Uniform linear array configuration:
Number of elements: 8
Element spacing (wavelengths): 0.5
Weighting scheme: binomial
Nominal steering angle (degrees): -60
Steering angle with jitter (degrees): -60.488
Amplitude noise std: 0.05
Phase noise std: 0.05

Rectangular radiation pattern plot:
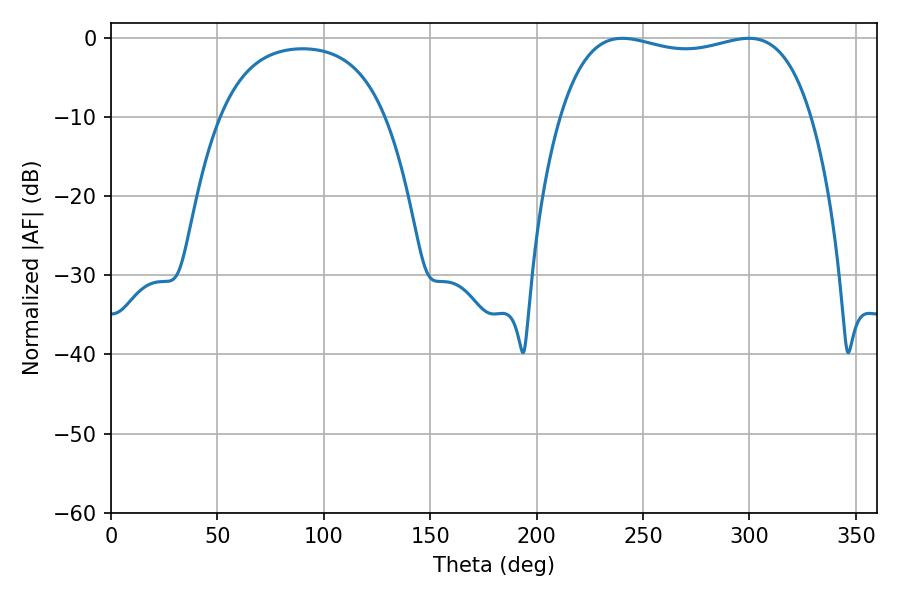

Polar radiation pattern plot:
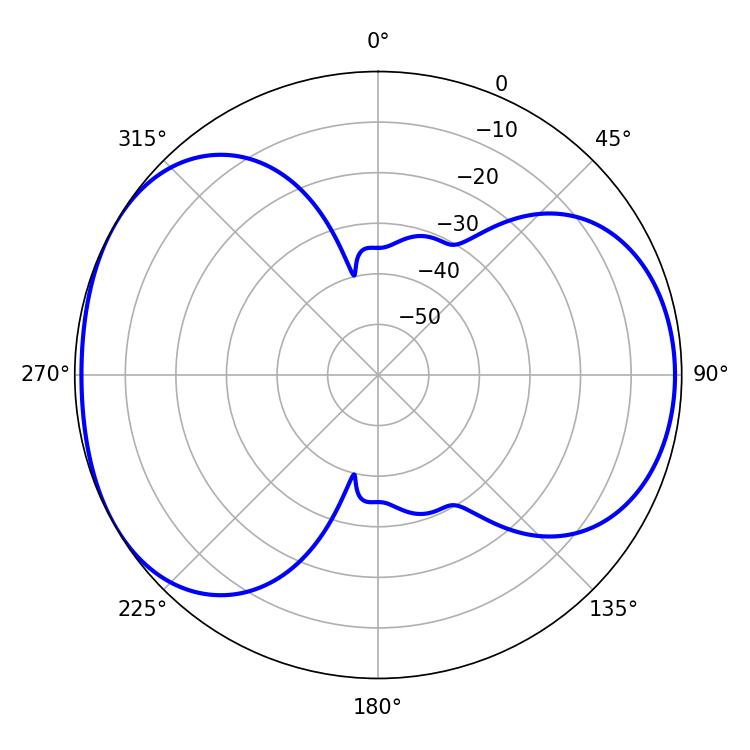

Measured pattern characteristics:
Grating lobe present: FALSE
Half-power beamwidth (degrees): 95.4
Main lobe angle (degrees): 240.3